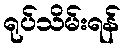
ရုပ်သိမ်းရန်